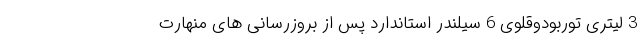
3 لیتری توربودوقلوی 6 سیلندر استاندارد پس از بروزرسانی های منهارت